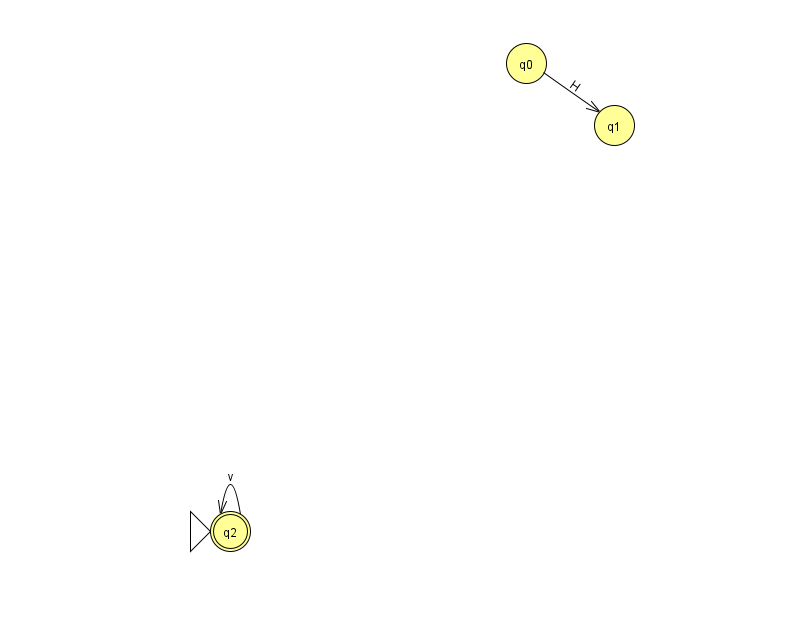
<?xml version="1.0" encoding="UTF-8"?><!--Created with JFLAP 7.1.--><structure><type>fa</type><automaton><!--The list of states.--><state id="0" name="q0"><x>526.0</x><y>50.0</y></state><state id="1" name="q1"><x>614.0</x><y>112.0</y></state><state id="2" name="q2"><x>230.0</x><y>518.0</y><initial/><final/></state><!--The list of transitions.--><transition><from>2</from><to>2</to><read>v</read></transition><transition><from>0</from><to>1</to><read>H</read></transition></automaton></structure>